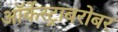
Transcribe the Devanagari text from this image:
ऑर्केस्ट्राबरोबर